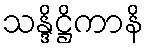
သန္ဒိဋ္ဌိကာနိ